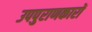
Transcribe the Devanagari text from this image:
उपपुराणकारों